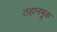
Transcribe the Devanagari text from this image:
तहानभूक